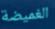
الغميضة